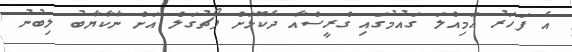
އެ ފަހަރު އަމިއްލަ ގައުމުގައި ގްރީސްއާ ދެކޮޅަށް ޕޯޗުގަލް އަށް ނާކާޔާބު ލިބުނު